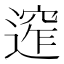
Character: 𨕠